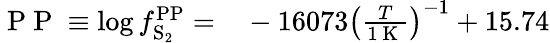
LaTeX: \begin{array}{rl}{{\mathrm{~P~P~}}\equiv\log f_{\mathrm{S_{2}}}^{\mathrm{PP}}=}&{{}-16073\left(\frac{T}{1\mathrm{~K~}}\right)^{-1}+15.74}\end{array}